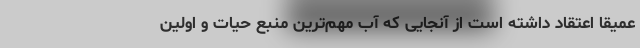
عمیقا اعتقاد داشته است از آنجایی که آب مهم‌ترین منبع حیات و اولین